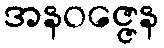
အနဝဇ္ဇေန